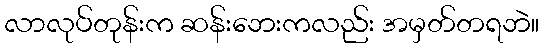
လာလုပ်တုန်းက ဆန်းဘေးကလည်း အမှတ်တရဘဲ။